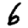
Digit: 6